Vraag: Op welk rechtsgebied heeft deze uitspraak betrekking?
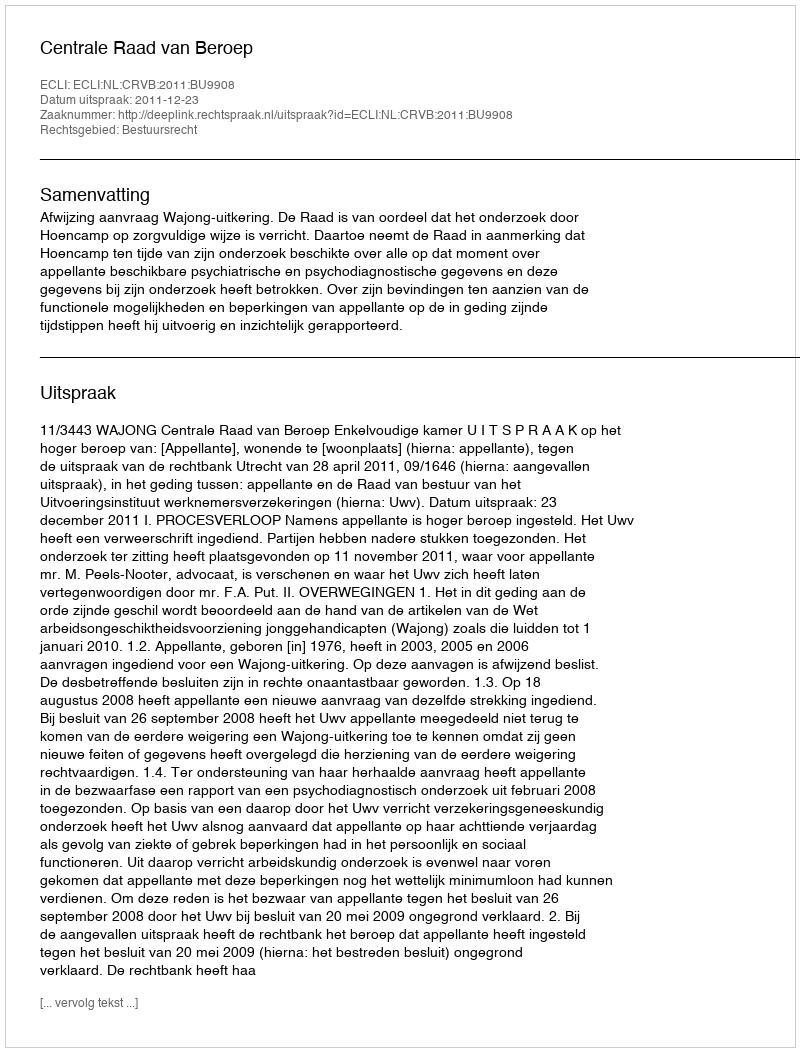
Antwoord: Bestuursrecht